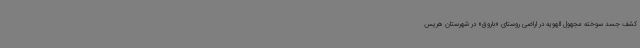
کشف جسد سوخته مجهول الهویه در اراضی روستای «باروق» در شهرستان هریس